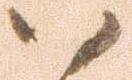
ハ